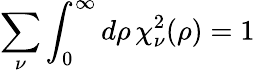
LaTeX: \sum_{\nu}\int_{0}^{\infty}d\rho\, \chi_{\nu}^{2}(\rho)=1